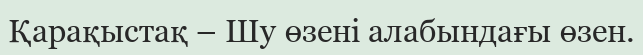
Қарақыстақ – Шу өзені алабындағы өзен.